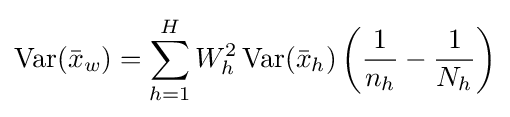
\operatorname {Var} ({\bar {x}}_{w})=\sum _{h=1}^{H}W_{h}^{2}\operatorname {Var} ({\bar {x}}_{h})\left({\frac {1}{n_{h}}}-{\frac {1}{N_{h}}}\right)